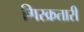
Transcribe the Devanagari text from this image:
गिरक्रतारी